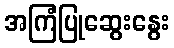
အကြံပြုဆွေးနွေး